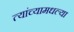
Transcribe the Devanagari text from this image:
त्यांच्यामधल्या